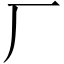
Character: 厂